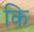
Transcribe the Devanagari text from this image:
कि